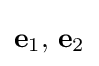
\mathbf {e} _{1},\,\mathbf {e} _{2}